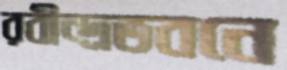
রবীন্দ্রভবনে